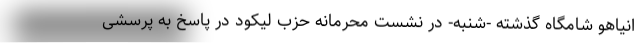
انیاهو شامگاه گذشته -شنبه- در نشست محرمانه حزب لیکود در پاسخ به پرسشی